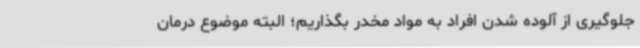
جلوگیری از آلوده شدن افراد به مواد مخدر بگذاریم؛ البته موضوع درمان